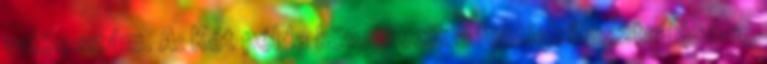
valós szám. A: Két példa következik a fentiek illusztrálására.